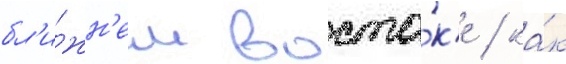
бл'и́жн'ем восто́к'е / ка́к